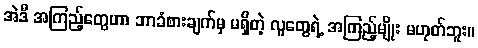
အဲဒီ အကြည့်တွေဟာ ဘာခံစားချက်မှ မရှိတဲ့ လူတွေရဲ့ အကြည့်မျိုး မဟုတ်ဘူး။